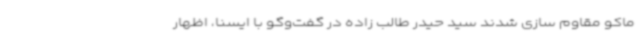
ماکو مقاوم سازی شدند سید حیدر طالب زاده در گفت‌وگو با ایسنا، اظهار